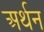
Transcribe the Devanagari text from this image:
अर्थन